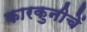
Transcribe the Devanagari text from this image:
कारकुनीचें